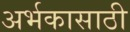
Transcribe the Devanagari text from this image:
अर्भकासाठी